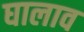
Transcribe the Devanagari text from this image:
घालाव